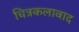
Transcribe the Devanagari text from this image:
चित्रकलावाद